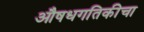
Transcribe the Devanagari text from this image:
औषधगतिकीचा